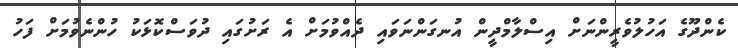
ކެންދޫގެ އަހުލުވެރީންނަށް އިސްލާމްދީން އުނގަންނަވައި ދެއްވުމަށް އެ ރަށުގައި ދުވަސްކޮޅަކު ހުންނެވުމަށް ފަހު